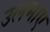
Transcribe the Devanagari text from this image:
उलमाए